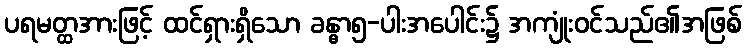
ပရမတ္ထအားဖြင့် ထင်ရှားရှိသော ခန္ဓာ၅-ပါးအပေါင်း၌ အကျုံးဝင်သည်၏အဖြစ်